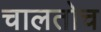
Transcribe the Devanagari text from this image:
चालतोच